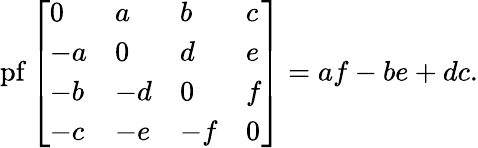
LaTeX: \operatorname{pf}{\left[\begin{array}{llll}{0}&{a}&{b}&{c}\\ {-a}&{0}&{d}&{e}\\ {-b}&{-d}&{0}&{f}\\ {-c}&{-e}&{-f}&{0}\end{array}\right]}=af-be+dc.